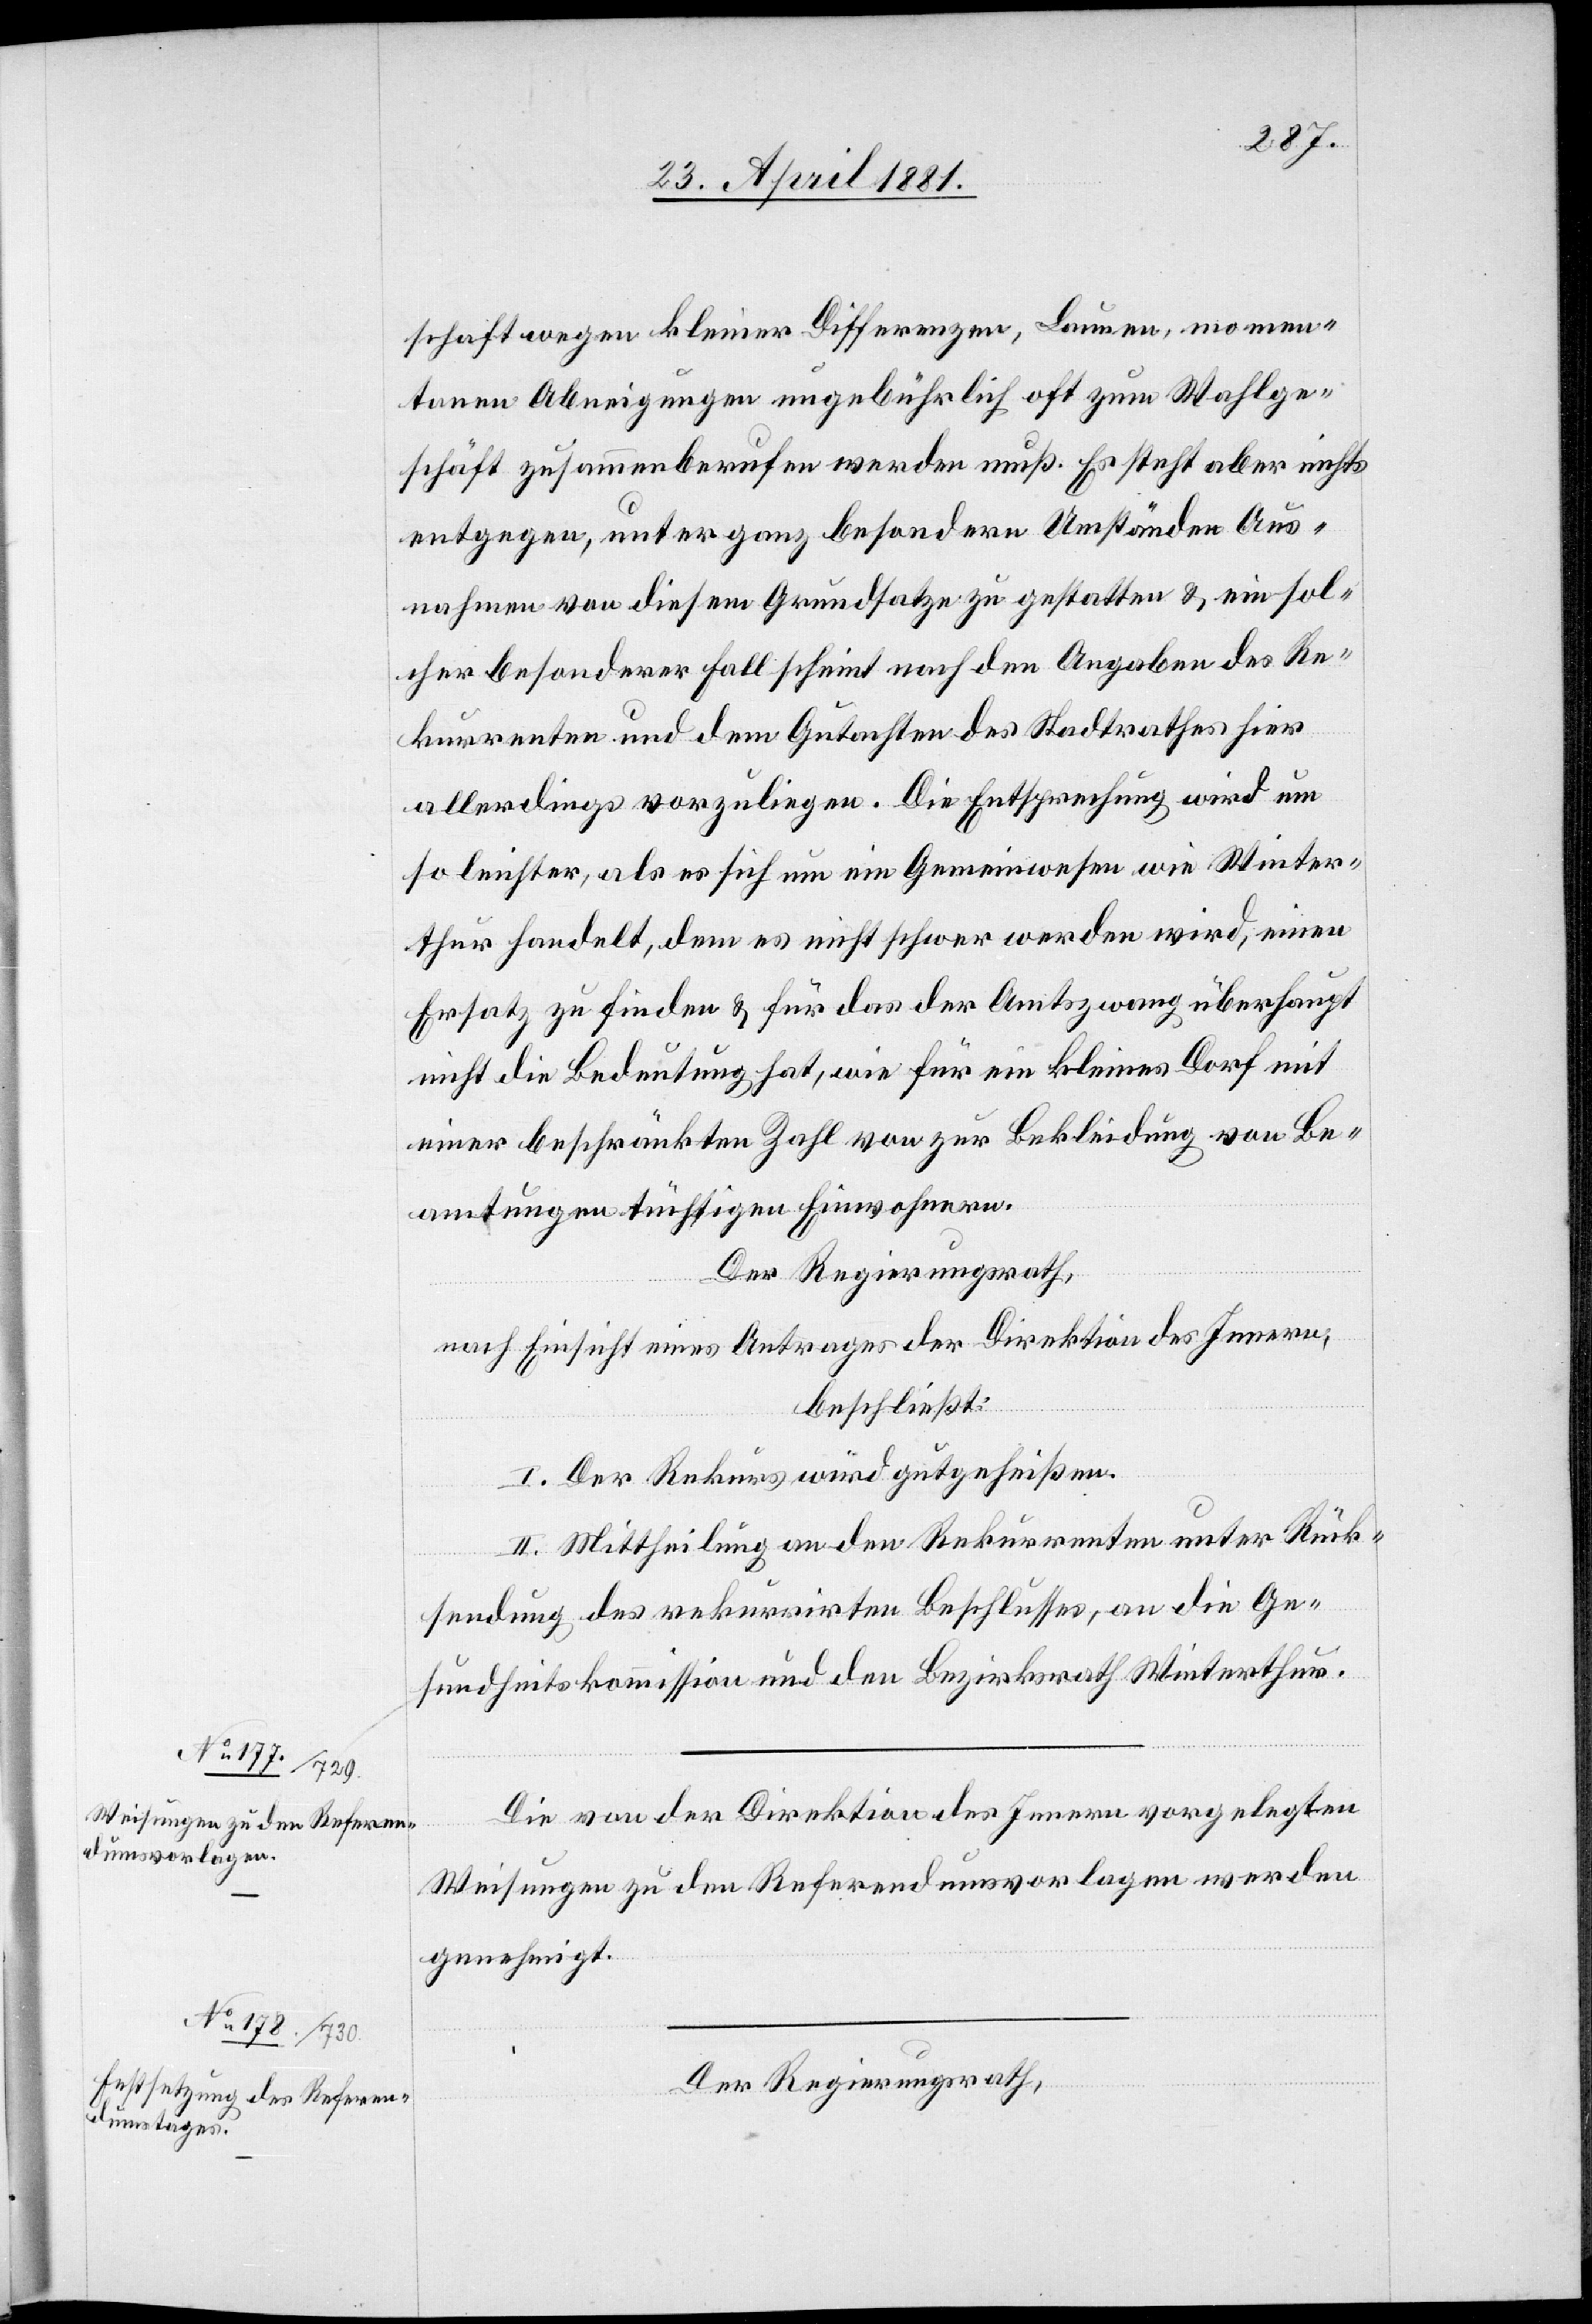
schaft wegen kleiner Differenzen, Launen, momen¬
tanen Abneigungen ungebührlich oft zum Wahlge¬
schäft zusammenberufen werden muß. Es steht aber nichts
entgegen, unter ganz besondern Umständen Aus¬
nahmen von diesem Grundsatze zu gestalten & ein sol¬
cher besonderer Fall scheint nach den Angaben des Re¬
kurrenten und dem Gutachten des Stadtrathes hier
allerdings vorzuliegen. Die Entsprechung wird um
so leichter, als es sich um ein Gemeinwesen wie Winter¬
thur handelt, dem es nicht schwer werden wird, einen
Ersatz zu finden & für das der Amtszwang überhaupt
nicht die Bedeutung hat, wie für ein kleines Dorf mit
einer beschränkten Zahl von zur Bekleidung von Be¬
amtungen tüchtigen Einwohnern.
Der Regierungsrath,
nach Einsicht eines Antrages der Direktion des Innern,
beschließt:
I. Der Rekurs wird gutgeheißen.
II. Mittheilung an den Rekurrenten unter Rück¬
sendung des rekurrirten Beschlusses, an die Ge¬
sundheitskommission und den Bezirksrath Winterthur.
Die von der Direktion des Innern vorgelegten
Weisungen zu den Referendumsvorlagen werden
genehmigt.
Der Regierungsrath,